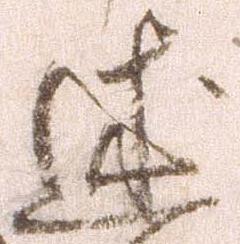
述